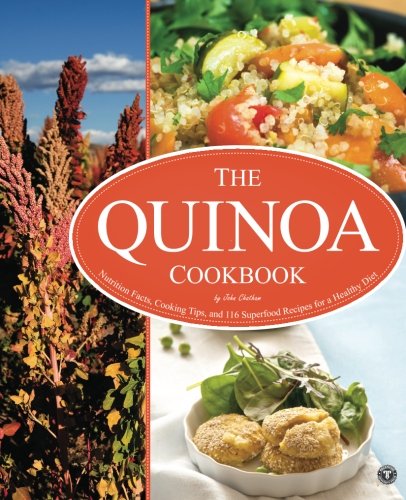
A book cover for Quinoa Cookbook: Nutrition Facts, Cooking Tips, and 116 Superfood Recipes for a Healthy Diet; Rockridge Press; Cookbooks, Food & Wine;